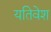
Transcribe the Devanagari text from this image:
यतिवेश